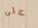
على